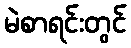
မဲစာရင်းတွင်